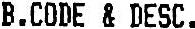
B.CODE & DESC.